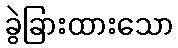
ခွဲခြားထားသော